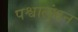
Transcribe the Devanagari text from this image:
पश्वालंभन